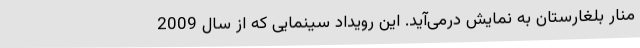
منار بلغارستان به نمایش درمی‌آید. این رویداد سینمایی که از سال 2009